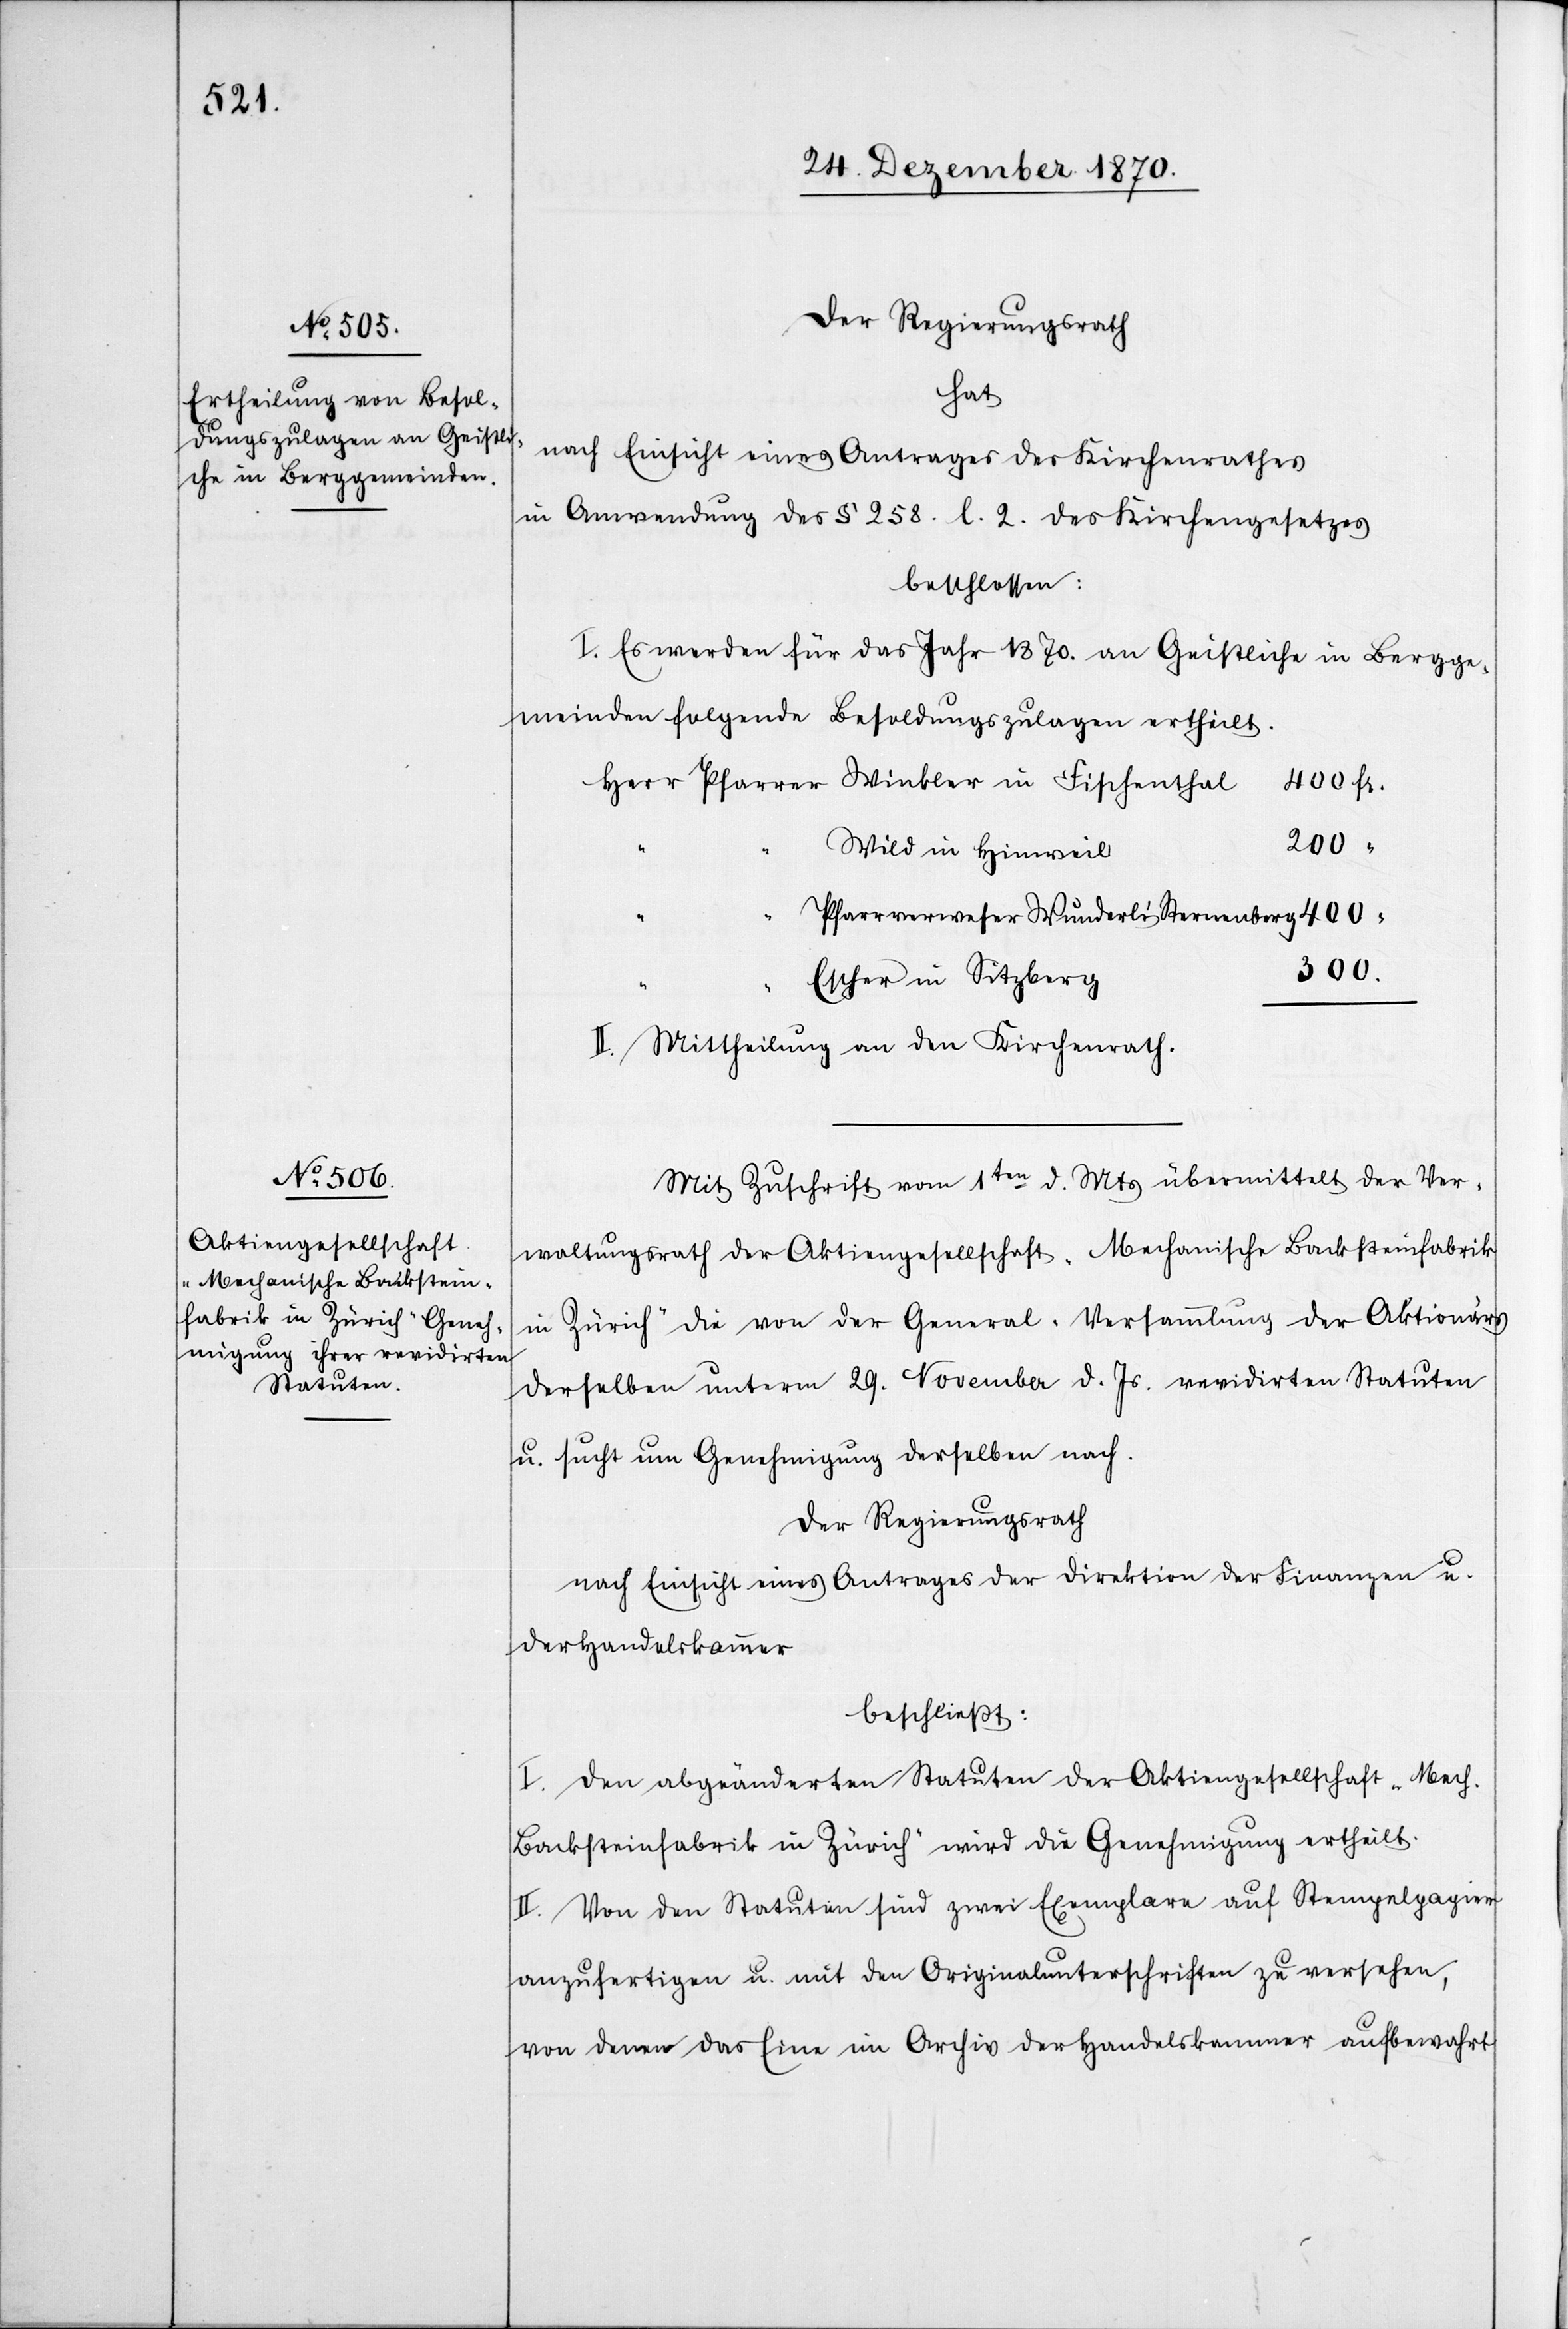
Der Regierungsrath
hat
nach Einsicht eines Antrages des Kirchenrathes
in Anwendung des § 258. l. 2. des Kirchengesetzes
beschlossen:
I. Es werden für das Jahr 1870. an Geistliche in Bergge¬
meinden folgende Besoldungszulagen ertheilt.
Herr Pfarrer Winkler in Fischenthal
400 Fr.
300 “
Wild in Hinweil
Pfarrverweser Wunderli [in] Sternenberg 400
Escher in Sitzberg
II. Mittheilung an den Kirchenrath.
Mit Zuschrift vom 1ten d. Mts übermittelt der Ver¬
waltungsrath der Aktiengesellschaft „Mechanische Backsteinfabrik
in Zürich“ die von der General-Versammlung der Aktionärs
derselben unterm 29. November d. Js. revidirten Statuten
u. sucht um Genehmigung derselben nach.
Der Regierungsrath
nach Einsicht eines Antrages der Direktion der Finanzen u.
der Handelskammer
beschließt:
I. Den abgeänderten Statuten der Aktiengesellschaft „Mech.
Backsteinfabrik in Zürich“ wird die Genehmigung ertheilt.
II. Von den Statuten sind zwei Exemplare auf Stempelpapier
anzufertigen u. mit den Originalunterschriften zu versehen,
von denen das Eine im Archiv der Handelskammer aufbewahrt